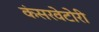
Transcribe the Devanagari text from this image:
कंसरवेटोरी